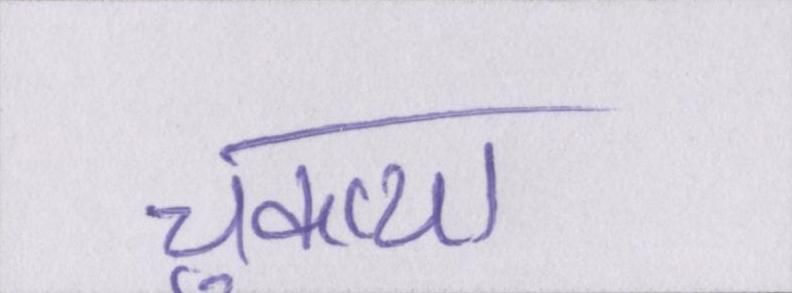
चुकाया